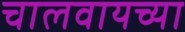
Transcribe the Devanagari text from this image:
चालवायच्या